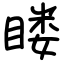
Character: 䁖